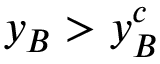
y _ { B } > y _ { B } ^ { c }